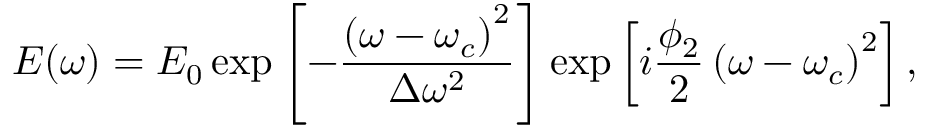
E ( \omega ) = E _ { 0 } \exp \left[ - \frac { \left( \omega - \omega _ { c } \right) ^ { 2 } } { \Delta \omega ^ { 2 } } \right] \exp \left[ i \frac { \phi _ { 2 } } { 2 } \left( \omega - \omega _ { c } \right) ^ { 2 } \right] ,